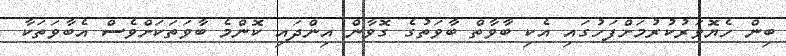
ބިން ހެޔޮވަރުކުރުމަށްފަހުގައި އެކި ބާވާތް ބާވަތުގެ ގޮވާން އިންދައި ކޮންމެ ބާވަތަކަށްވެސް އެބާވަތަކާ